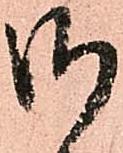
御